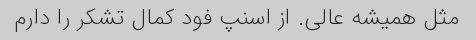
مثل همیشه عالی. از اسنپ فود کمال تشکر را دارم